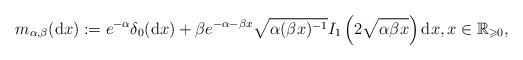
LaTeX: \begin{align*}m_{\alpha,\beta}(\mathrm{d}x):=e^{-\alpha}\delta_{0}(\mathrm{d}x)+\beta e^{-\alpha-\beta x}\sqrt{\alpha(\beta x)^{-1}}I_{1}\left(2\sqrt{\alpha\beta x}\right)\mathrm{d}x,x\in\mathbb{R}_{\geqslant0},\end{align*}